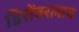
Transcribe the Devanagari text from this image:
डिसेंबरलाच